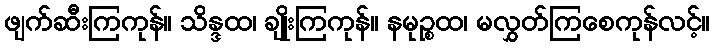
ဖျက်ဆီးကြကုန်။ သိန္ဒထ၊ ချိုးကြကုန်။ နမုဉ္စထ၊ မလွှတ်ကြစေကုန်လင့်။